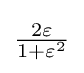
{\textstyle {\frac {2\varepsilon }{1+\varepsilon ^{2}}}}